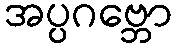
အပ္ပဂဗ္ဘော